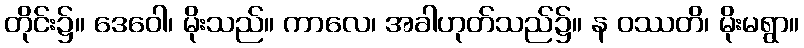
တိုင်း၌။ ဒေဝေါ၊ မိုးသည်။ ကာလေ၊ အခါဟုတ်သည်၌။ န ဝဿတိ၊ မိုးမရွာ။